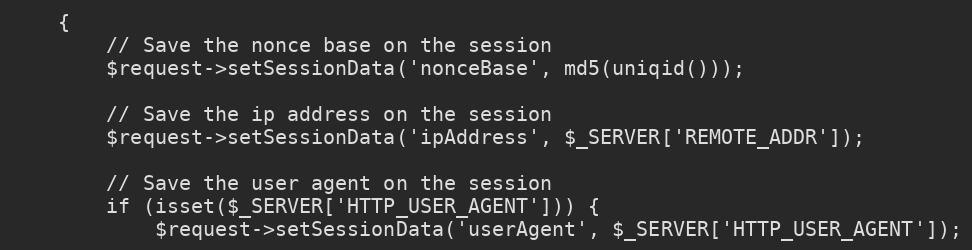
Language: PHP
    {
        // Save the nonce base on the session
        $request->setSessionData('nonceBase', md5(uniqid()));

        // Save the ip address on the session
        $request->setSessionData('ipAddress', $_SERVER['REMOTE_ADDR']);

        // Save the user agent on the session
        if (isset($_SERVER['HTTP_USER_AGENT'])) {
            $request->setSessionData('userAgent', $_SERVER['HTTP_USER_AGENT']);